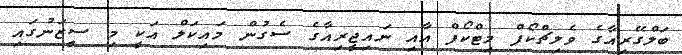
ބަލްގޭރިއާގެ ވެލިޗްކޯފް މިޓްކޯފް އާއި ނައިޖީރިއާގެ ސެގުން މައިކަލް އަކީ މި ސީޒަނުގައި